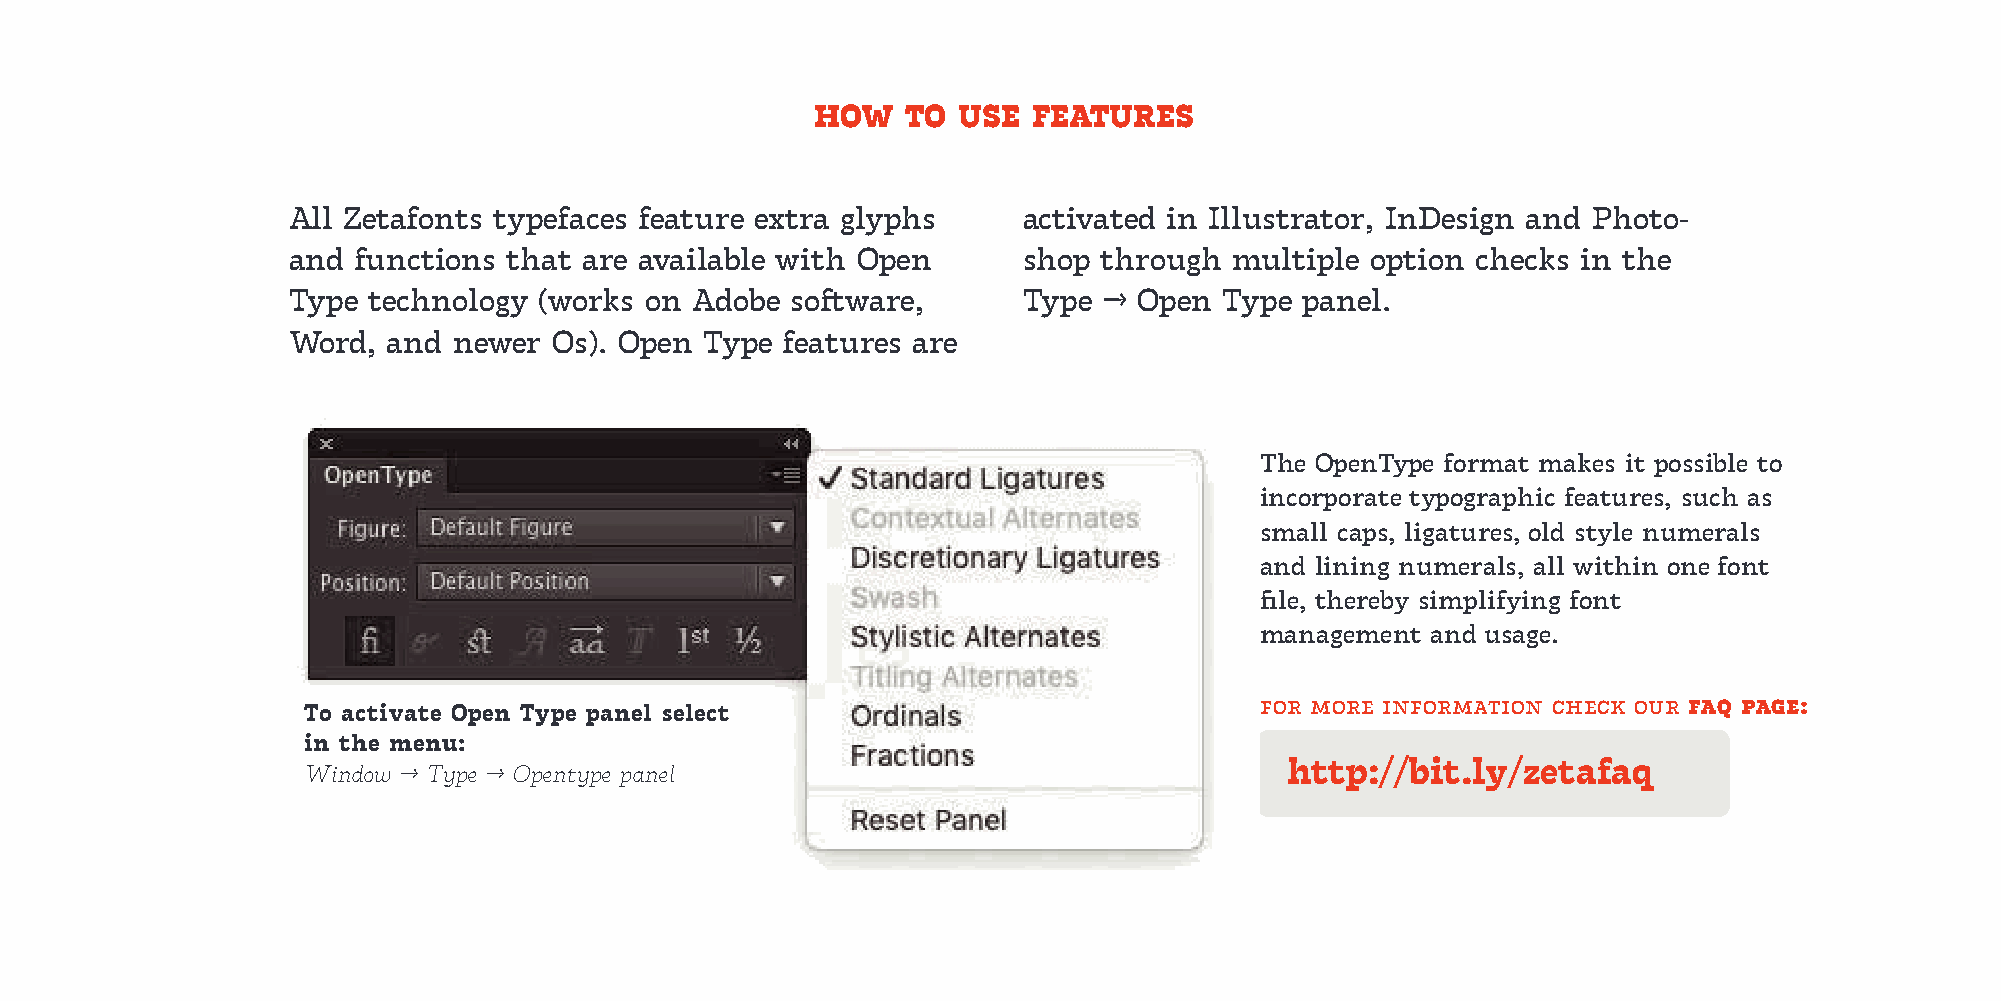
HOW   TO USE  FEATURES
 All Zetafonts typefaces feature extra glyphs     activated in Illustrator, InDesign and Photo-
 and functions  that are available with Open      shop through  multiple option checks in the
 Type technology  (works on Adobe software,       Type → Open  Type panel.
 Word,  and newer  Os). Open Type features are
 The OpenType format makes it possible to
 incorporate typographic features, such as
 small caps, ligatures, old style numerals
 and lining numerals, all within one font
 file, thereby simplifying font
 management  and usage.
 To activate Open Type panel select                             for more information check our faq page:
 in the menu:
 Window → Type → Opentype panel                                   http://bit.ly/zetafaq